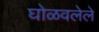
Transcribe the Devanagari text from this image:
घोळवलेले